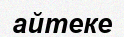
айтеке